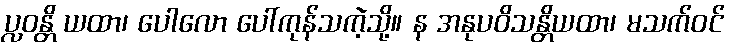
ပ္လဝန္တိ ယထာ၊ ပေါလော ပေါ်ကုန်သကဲ့သို့။ န အနုပဝိသန္တိယထာ၊ မသက်ဝင်